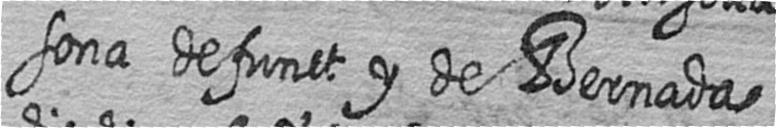
sona defunct y de Bernada